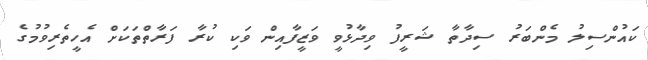
ކައުންސިލު މެންބަރު ސިދާތާ ޝަރީފު ވިދާޅުވީ ވަޒީފާއިން ވަކި ކުރާ ފަރާތްތަކަށް އެހީތެރިވުމުގެ